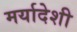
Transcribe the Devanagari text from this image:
मर्यादेशी